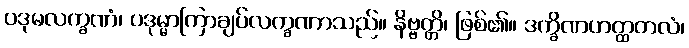
ပဒုမလက္ခဏံ၊ ပဒုမ္မာကြာချပ်လက္ခဏာသည်။ နိဗ္ဗတ္တိ၊ ဖြစ်၏။ ဒက္ခိဏဟတ္ထတလံ၊